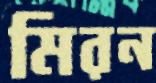
মিরন